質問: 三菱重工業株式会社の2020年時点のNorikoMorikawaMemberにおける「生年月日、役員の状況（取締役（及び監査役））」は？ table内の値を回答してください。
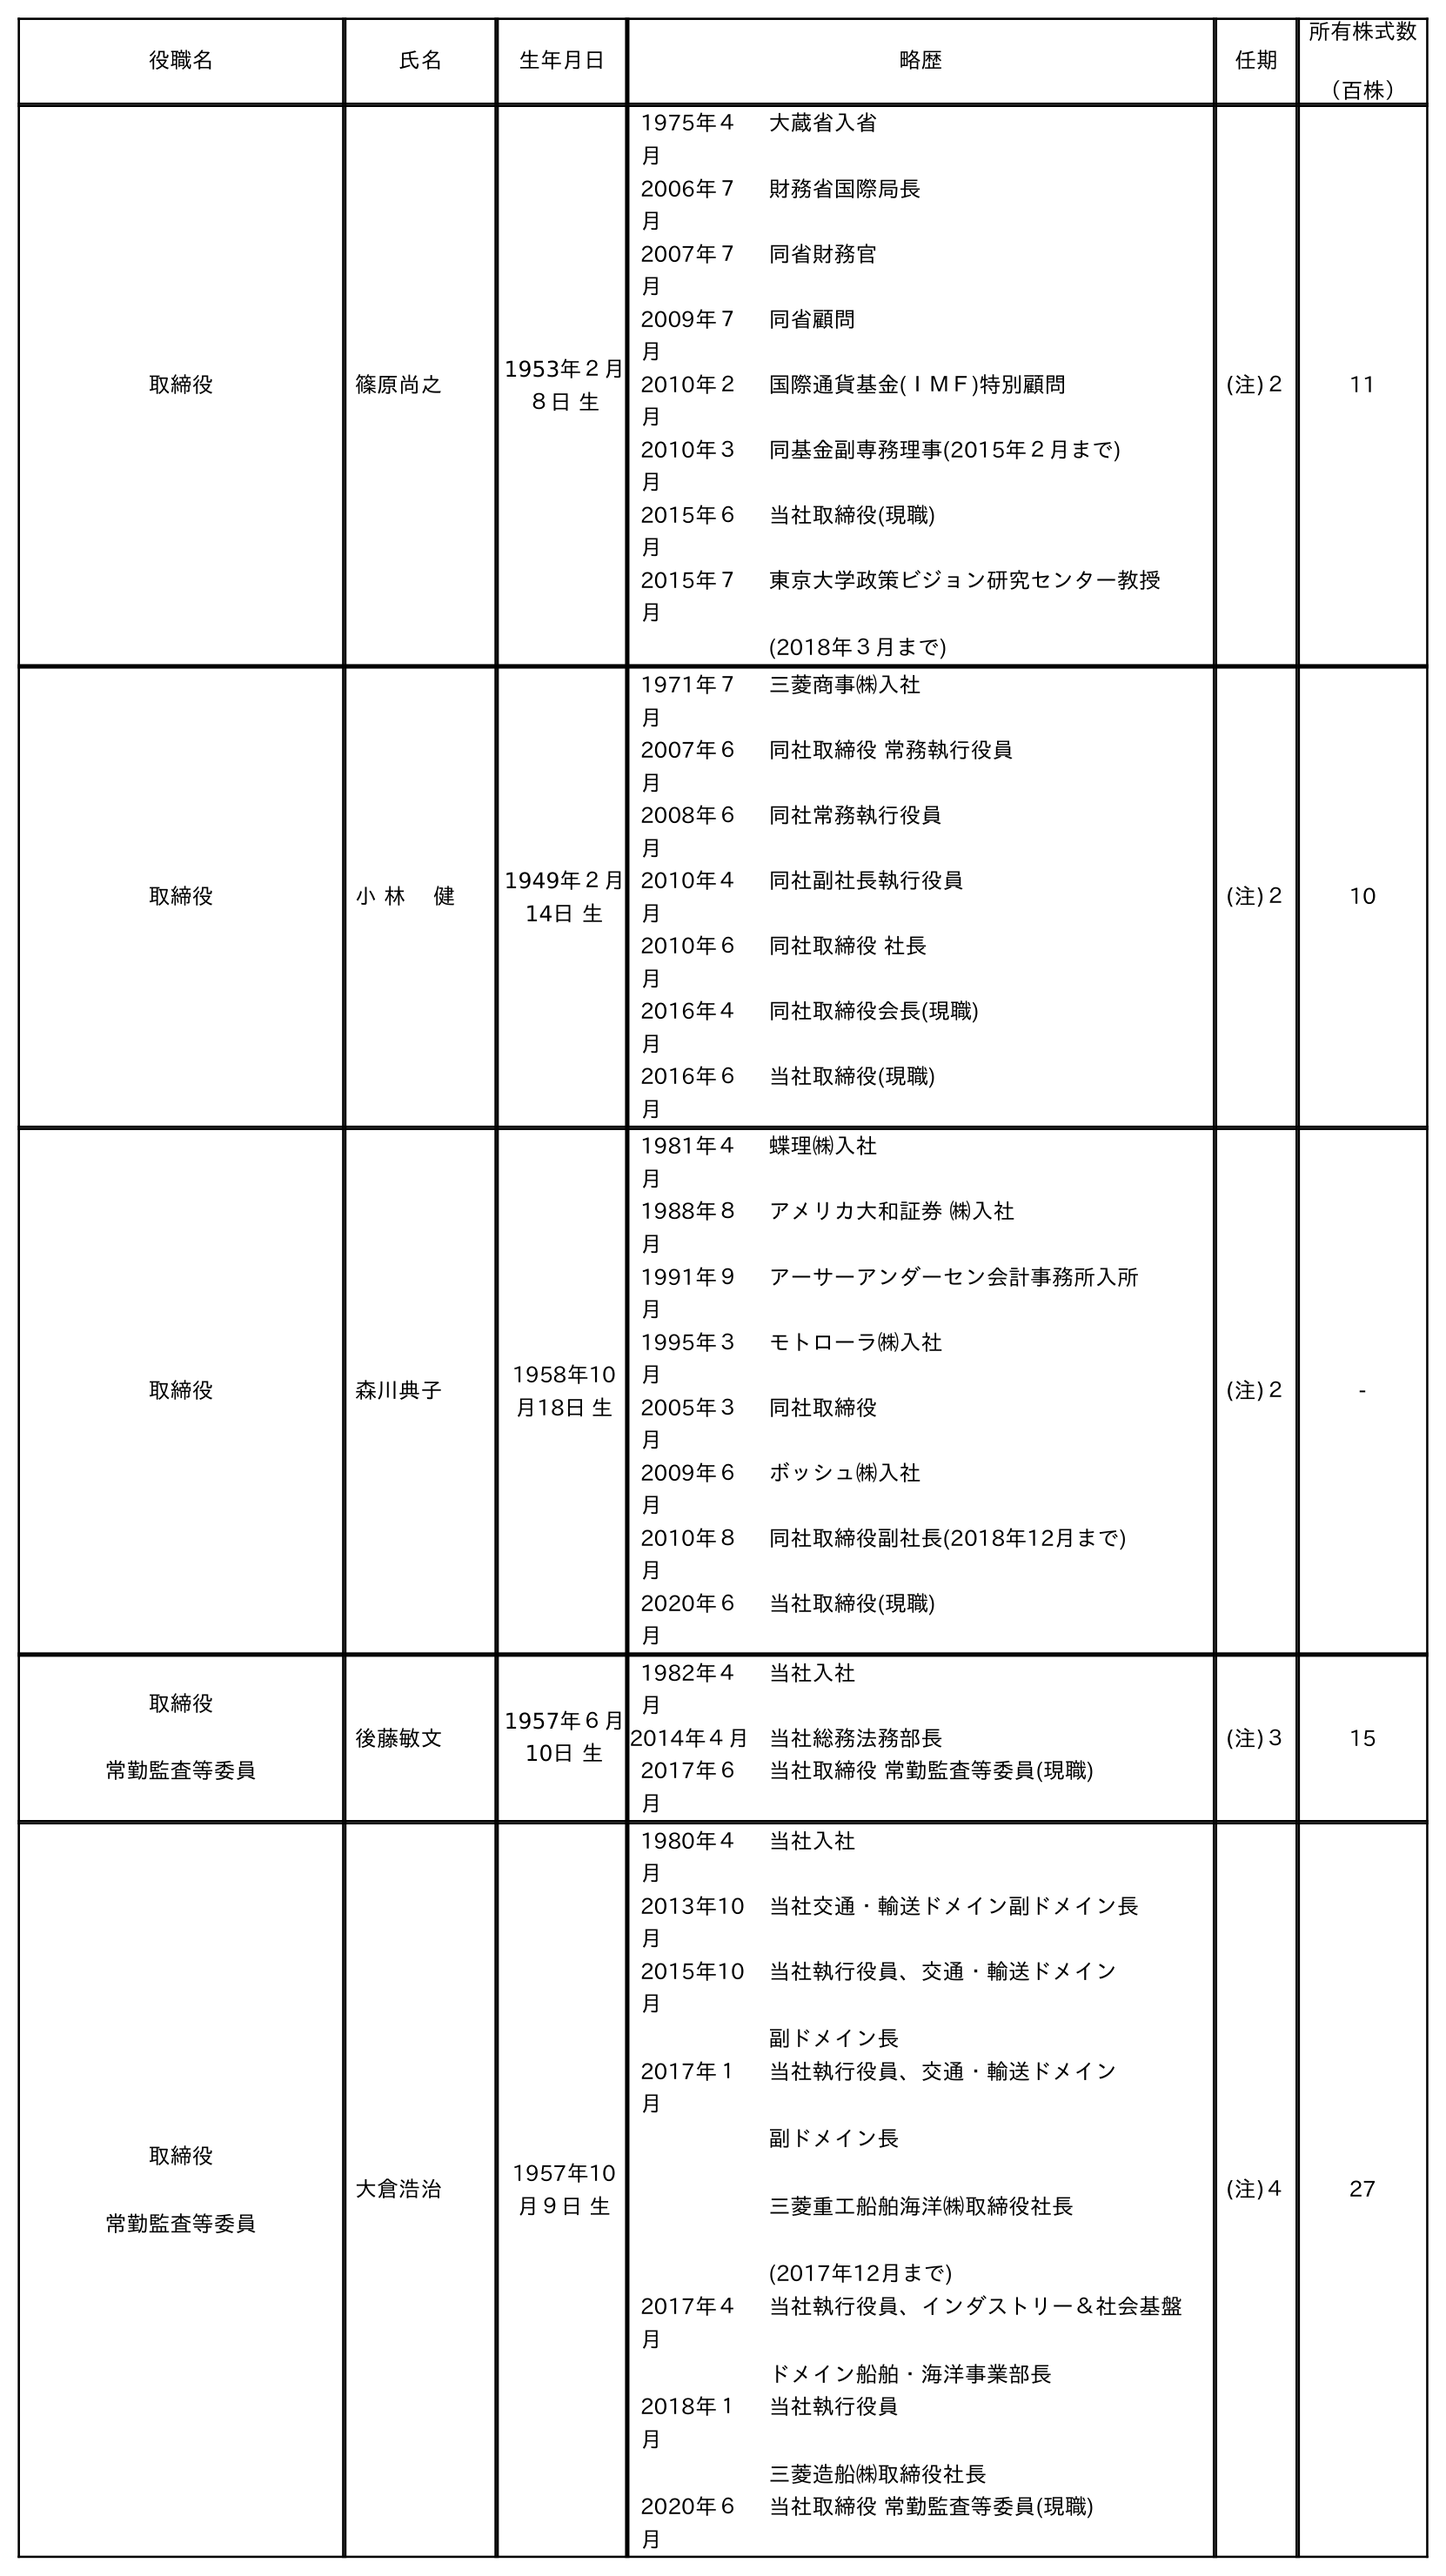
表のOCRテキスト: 役職名 氏名 生年月日 略歴 任期 所有株式数 （百株） 取締役 篠原尚之 1953年２月 ８日 生 1975年４ 月 大蔵省入省 2006年７ 月 財務省国際局長 2007年７ 月 同省財務官 2009年７ 月 同省顧問 2010年２ 月 国際通貨基金(ＩＭＦ)特別顧問 2010年３ 月 同基金副専務理事(2015年２月まで) 2015年６ 月 当社取締役(現職) 2015年７ 月 東京大学政策ビジョン研究センター教授 (2018年３月まで) (注)２ 11 取締役 小 林 健 1949年２月 14日 生 1971年７ 月 三菱商事㈱入社 2007年６ 月 同社取締役 常務執行役員 2008年６ 月 同社常務執行役員 2010年４ 月 同社副社長執行役員 2010年６ 月 同社取締役 社長 2016年４ 月 同社取締役会長(現職) 2016年６ 月 当社取締役(現職) (注)２ 10 取締役 森川典子 1958年10 月18日 生 1981年４ 月 蝶理㈱入社 1988年８ 月 アメリカ大和証券 ㈱入社 1991年９ 月 アーサーアンダーセン会計事務所入所 1995年３ 月 モトローラ㈱入社 2005年３ 月 同社取締役 2009年６ 月 ボッシュ㈱入社 2010年８ 月 同社取締役副社長(2018年12月まで) 2020年６ 月 当社取締役(現職) (注)２ - 取締役 常勤監査等委員 後藤敏文 1957年６月 10日 生 1982年４ 月 当社入社 2014年４月 当社総務法務部長 2017年６ 月 当社取締役 常勤監査等委員(現職) (注)３ 15 取締役 常勤監査等委員 大倉浩治 1957年10 月９日 生 1980年４ 月 当社入社 2013年10 月 当社交通・輸送ドメイン副ドメイン長 2015年10 月 当社執行役員、交通・輸送ドメイン 副ドメイン長 2017年１ 月 当社執行役員、交通・輸送ドメイン 副ドメイン長 三菱重工船舶海洋㈱取締役社長 (2017年12月まで) 2017年４ 月 当社執行役員、インダストリー＆社会基盤 ドメイン船舶・海洋事業部長 2018年１ 月 当社執行役員 三菱造船㈱取締役社長 2020年６ 月 当社取締役 常勤監査等委員(現職) (注)４ 27
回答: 1958年10月18日生